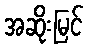
အဆိုးမြင်